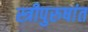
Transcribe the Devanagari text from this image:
स्त्रीपुरुषांत